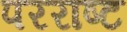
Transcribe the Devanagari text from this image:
परराष्ट